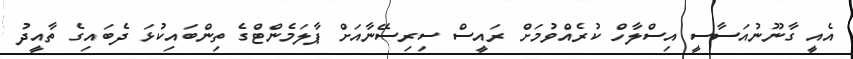
އެއީ ގާނޫނުއަސާސީ އިސްލާހް ކުރެއްވުމަށް ރައީސް ސިރިސޭނާއަށް ޕާލަމެންޓްގެ ތިންބައިކުޅަ ދެބައިގެ ތާއީދު